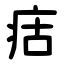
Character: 㽽